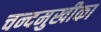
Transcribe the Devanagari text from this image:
चन्दमुखीका